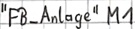
Text: "FB_Anlage" M1